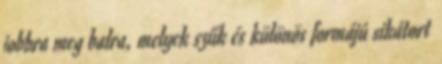
jobbra meg balra, melyek szűk és különös formájú sikátort